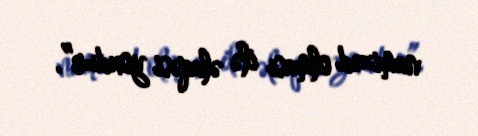
namizəd olması ilə əlaqəsi yoxdur”.